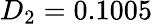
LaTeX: D_{2}=0.1005